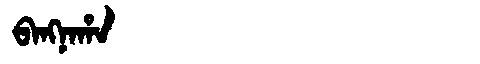
Manchu: ᠪᠠᠩᠨᠠᡥᠠ
Romanization: BANGNAHA